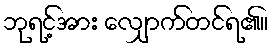
ဘုရင့်အား လျှောက်တင်ရ၏။